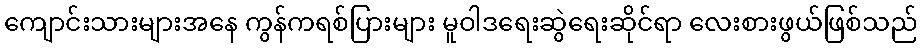
ကျောင်းသားများအနေ ကွန်ကရစ်ပြားများ မူဝါဒရေးဆွဲရေးဆိုင်ရာ လေးစားဖွယ်ဖြစ်သည်